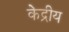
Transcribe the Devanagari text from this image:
के॓द्रीय